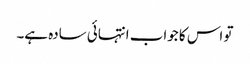
تو اس کا جواب انتہائی سادہ ہے۔